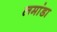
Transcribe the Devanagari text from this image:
लमांडा